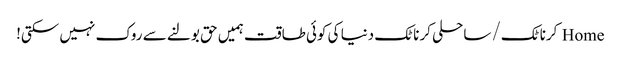
Home کرناٹک/ ساحلی کرناٹک دنیا کی کوئی طاقت ہمیں حق بولنے سے روک نہیں سکتی!